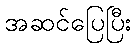
အဆင်ပြေပြီး